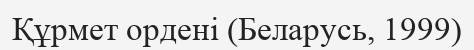
Құрмет ордені (Беларусь, 1999)